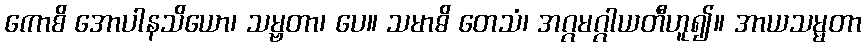
ကောစိ အောပါနသိယော၊ သမ္ဗတာ၊ ပေ။ သမာဓိ တေသံ၊ အဂ္ဂမဂ္ဂါယတီဟူ၍။ အာယသမ္မတာ